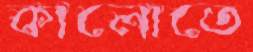
কালোতে